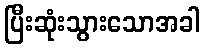
ပြီးဆုံးသွားသောအခါ